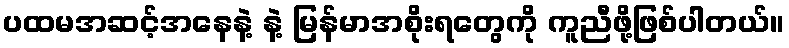
ပထမအဆင့်အနေနဲ့ နဲ့ မြန်မာအစိုးရတွေကို ကူညီဖို့ဖြစ်ပါတယ်။